Vital statistics of India. Vol. IV, Annual returns from 1871 to 1876. British Army of India, Native Army and jails of Bengal
Year: 1871
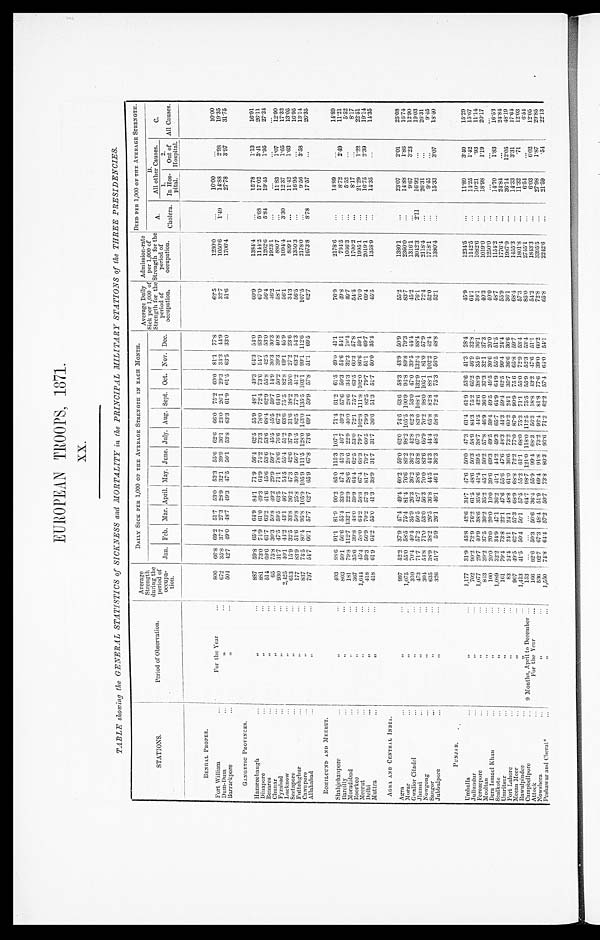
EUROPEAN TROOPS, 1871.
XX.
TABLE showing the GENERAL STATISTICS of SICKNESS and MORTALITY in the PRINCIPAL MILITARY STATIONS of the THREE PRESIDENCIES.
STATIONS.
Period of Observation.
Average
Strength
nm during the
period of
occupa- tion.
DAILY SICK PER 1,000 OF THE AVERAGE STRENGTH IN EACH MONTH.
Average Daily
Sick per 1,000 of
Strength for the
Period of
occupation.
Admission-rate
per 1,000 of
Strength for the
Period of
occupation.
DIED PER 1,000 OF THE AVERAGE STRENGTH.
Jan. Feb. Mar. April. May. June. July. Aug. Sept. Oct. Nov. Dec.
A.
Cholera.
B.
All other Causes.
C.
All Causes.
1
.
In Hos-pital.
2.
Out of
Hospital.
BENGAL PROPER.
Fort William ... For the Year
...
800
66.8 69.2 51.7 53.0 53.3 55.6
62.6 66.0 75.2 60.0 81.1 77.8
62.5
1230.0
...
10.00
...
10.00
Dum- Dum
„
. . .
672
35.8 37.7 27.3 28.9 32.1 39.9 36.1 23.0 26.1 29.3 34.3 44.9
32.7
1050.6
1.49
14.88
2.98
19.35
Barrackpore
, , . . . .
504
42.7 49.0 48.7 49.3 47.5 50.1 53.8 63.3 61.9 61.5 63.5 33.0
51.6
1706.4
...
27.78
3.97
31.75
GANGETIC PROVINCES.
Hazareebaugh
,,
...
887
59.8 65.4 64.9 84.1 71.9 56.4
62.5 55.9 48.1 49.3 64.3 54.0
60.9
1384.4
...
15.78
1.13
16.91
Dinapore
,,,
...
881
73.0 74.9 61.0 49.3 64.9 74.2 73.3 78.0 72.4 73.6 54.7 63.9
67.0
1144.2
5.68
17.02
3.41
26.11
Benares
,,
514
69.6 61.7 63.2 41.6 45.6 53.6
53.6 68.4 62.9 55.8 42.5 53.0
56.4
1262.6
5.84
19.45
1.95
27.24
Chunar
...
,,
. ..
65
75.8 30.3 50.8 49.2 29.9 59.7 45.5 45.5 59.7 14.9 30.3 30.3
46.2
1923.1
...
...
...
. . .
Fyzabad
...
,,
...
930
31.7 47.5 59.5 63.5 71.1 78.6
76.6 67.2 64.0 50.2 39.3 40.8
58.1
880.7
...
11.83
1.07
12.90
Lucknow
, , . . .
2,425
40.1 44.2 43.1 46.7 54.5 55.4
51.2 63.6 75.5 82.8 69.1 45.9
56.1
1094.4
3.30
12.37
1.65
17.32
Seetapore
..
...
613
15.9 32.5 33.8 36.2 47.3 42.6 37.9 31.6 38.2 35.0 27.2 23.6
34.3
809.1
...
11.42
1.63
1 3 . 0 5
Futtehghur ...
,,
...
177
83.9 51.6 50.8 25.8 30.9 56.7 51.5 82.5 77.3 41.2 63.2 54.3
56.5
1350.3
...
16.95
...
16.95
Cawnpore
...
, ,
837
74.5 80.4 95.8 105.9 105.9 111.5 128.0 143.0 135.5 103.1 99.1 112.6
107.5
2178.0
. . .
9.56
3.58
1 3 . 1 4
Allahabad
...
,,
...
797
54.7 66.1 57.7 62.7 65.9 67.8
73.6 69.1 59.9 57.8 51.1 69.5
62.7
1673.8
8 . 7 8 17.57
...
26.35
ROHILCUND AND .MEERUT.
Shahjehanpore
,, . . .
403
88.6 91.1 81.9 90.2 85.0 115.3 107.1 71.4 61.2 61.5 49.0 41.1
76.9
2178.6
...
14.89
...
14.89
Barcilly
,,
. . .
803
50.1 56.6 55.4 33.0 47.4 45.3 46.7 49.2 57.6 50.3 54.6 54.1
49.8
794.5
...
8.72
2.49
11.21
Moradabad
,, . . .
181
79.8 112.7 132.1 22.9 28.6 28.6 22.9
4 0 . 0 28.6 34.3
3 2 . 3 19.4
49.7
1066.3
...
5.52
...
5.52
Roorkee
,,
. . .
367
35.6 39.8 48.0 59.9 64.4 62.5 53.0 72.1 75 . 7 63.5 60.3 57.8
54.5
1700.2
. . .
8.17
. . .
8.17
Meerut
,,
. . .
1,644
45.4 58.0 64.2 58.8 67.4 68.3 79.7 102.8 111.8 102.0 86.6 59.1
76.0
1995.1
...
21.29
1.22
22.51
Delhi
...
, ,
418
59.3 56.9 70.2 57.3
81.7 79.7 60.5 79.9 82.5 79.7 51.1 69.7
69.4
2019.1
...
16.75
2.39
19.14
Muttra
,,
...
418
61.9 64.2 55.0 41.3 38.9 31.7 31.7 36.6 51.3 51.7 50.0 35.4
45.5
1358.9
...
14.35
...
14.35
AGRA AND CENTRAL INDIA.
A gra
, , , ,
997
52.2 37.9 47.4 49.4 60.2 59.0 62.0 7 4 . 6 63.6 58.3 43.9 50.9
55.2
1380.1
...
23.07
2.01
25.08
Morar
, ,
1,075
55.0 58.5 75.4 81.4 76.6 89.2 98.2 105.5 100.9 94.8 89.8 79.3
83.7
2360.0
...
14.88
1.86
16.74
Gwalior Citadel
,,,
...
310
70.4 40.4 35.9 26.3 36.2 36.2 42.8 6 2 . 3 53.0 47.0 39.5 44.4
45.2
1316.1
. . .
9.67
3.23
12.90
Jhansi
,,
...
47.3
71.7 57.2 50.5 42.7 38.6 53.8
67.3 83.0 108.1 132.9 132.4 88.4
76.1
3042.3
2.11
16.92
...
19.03
Nowgong
Sangor
,,,
...
,,
304
635
54.8
38.9
71.0
38.2
53.0
26.5
56.3
36.8
70.0
44.5
83.6
44.3
66.9 70.2
44.4 65.8
98.0
82.8
105.1
88.1
81.0
102.2
57.9
42.4
72.4
52.0
2118.4
1718.1
...
. . .
26.31
9.45
... . . .
26.31
9.45
Jubbulpore
...
, , . . .
326
51.7
5.9 26.1 46.1 46.1 36.3 48.5 58.8 72.4 75.3 56.0 48.8
52.1
1380.4
...
15.33
3.07
18.40
P U N J A B .
Umballa
,,,
. • •
1,177
31.9 45.8 42.6 34.7 47.6 50.0
47.3 6 1 . 4 61.9 53.6 41.3 28.4
45.9
1234.5
...
11.89
3.40
15.29
Jullundur
„
...
702
90.2 72.9 76.2 61.5 48.6 50.3
58.9 84.3 75.2 65.2 46.9 32.8
64.1
1142.5
14.25
1.42
15.67
Ferozepore
,,
...
1,077
29.7 40.9 38.6 35.6 41.4 39.5 38.7 44.5 42.6 38.9 35.9 36.1
38.1
1082.6
...
10.21
.93
11.14
Mooltan
,,
...
843
39.2 37.5 30.2 35.2 45.1 50.2
57.8 46.9 36.0 37.3 32.1 37.3
40.3
1019.0
...
18.98
1.19
20.17
Dera Ismael khan
, , ,
100
20.0 20.0 20.0 10.0 39.6 69.3 49.5 59.4 49.5 49.5 30.6 20.0
40.0
1250.0
...
...
. . .
. . .
Sealkote
, , . . .
1,089
32.2 34.9 47.1 36.2 41.1 44.2 49.3 65.7 64.9 64.9 55.5 51.5
48.7
1154.2
...
14.70
1.83
16.53
Umritsur
,,,
161
79.4 73.8 22.1 47.6 55.6 47.6 48.3 44.3 59.4 62.5 90.4 24.4
55.9
1776.4
...
24.84
...
24.84
Fort Lahore
...
,,
83
24.4 24.1 24.1 48.8 61.0 36.6
73.2 60.2 24.1 35.7 36.6 36.6
36.1
1987.9
...
36.14
12.05
48.19
Meean Meer
,,
...
907
49.5 62.7 57.3 68.9 68.8 72.2 77.0 87.9 90.9 75 6 65.8 59.7
68.4
1455.3
...
14.33
3.31
12.03
Rawulpindee ...
Campbellpore
, ,
9 - Months, April to December
1,413
153
41.5
...
50.4
...
50.1
...
57.5
64.7
55.2
98.7
01.1
121.0
68.0 75.3
1 1 8 . 0 1 1 2 . 5
71.1
75.5
5 5 . 0
55.9
72.9
52.3
53.4
53.4
57.3
85.0
1 8 0 1 . 8
2745.1
...
. . .
1 1 . 3 2
6.54
. 7 1
...
6.54
Attock
For the Year
...
166
92.6 50.3 50.6 36.4 55.9 99.4 68.3 5 6 . 3 18.8 43.2 47.6 51.1
54.2
1843.3
...
6.03
6.02
12.05
Nowshera
...
„
536
92.7 67.3 48.4 51.9 69.4 91.8
73.2 92.4 81.8 77.6 39.0 60.2
72.8
3395.5
...
27.98
1.87
29.85
Peshawur and Cherat*
, ,
1,550
74.8 64.4 57.2
50.7 73.8 80.3 93.6 71.2 62.2 57.4 64.0 54.1
65.8
2242.6
. . .
21.59
.54
2 2 . 1 3